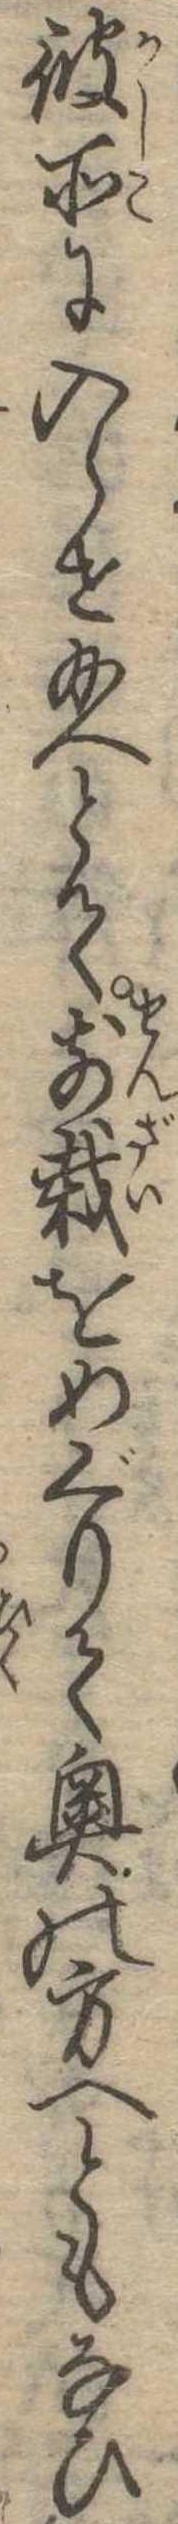
彼方に入らせ給へとて前栽をめぐりて奥の方へともなひ